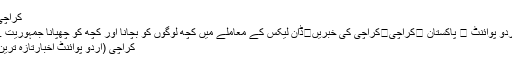
کراچی
اُردو پوائنٹ ⬅ پاکستان ⬅کراچی⬅کراچی کی خبریں⬅ڈان لیکس کے معاملے میں کچھ لوگوں کو بچانا اور کچھ کو چھپانا جمہوریت ..
کراچی (اُردو پوائنٹ اخبارتازہ ترین۔